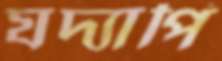
যদ্যাপি